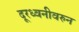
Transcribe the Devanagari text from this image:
दूरध्वनीवरुन